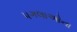
પગલાઓના